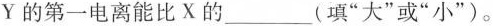
Y的第一电离能比X的___(填”大”或”小”)。